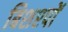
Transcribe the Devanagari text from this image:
बिशश्पों